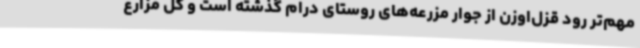
مهم‌تر رود قزل‌اوزن از جوار مزرعه‌های روستای درام گذشته است و کل مزارع